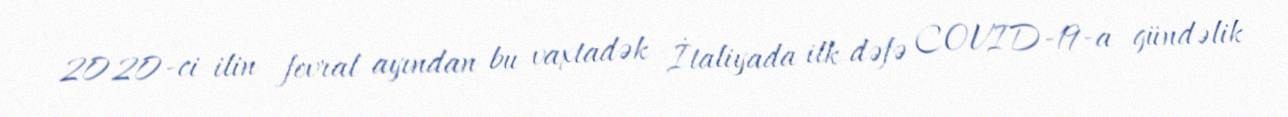
2020-ci ilin fevral ayından bu vaxtadək İtaliyada ilk dəfə COVID-19-a gündəlik